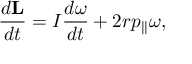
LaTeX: { \frac { d \mathbf { L } } { d t } } = I { \frac { d { \boldsymbol { \omega } } } { d t } } + 2 r p _ { | | } { \boldsymbol { \omega } } ,